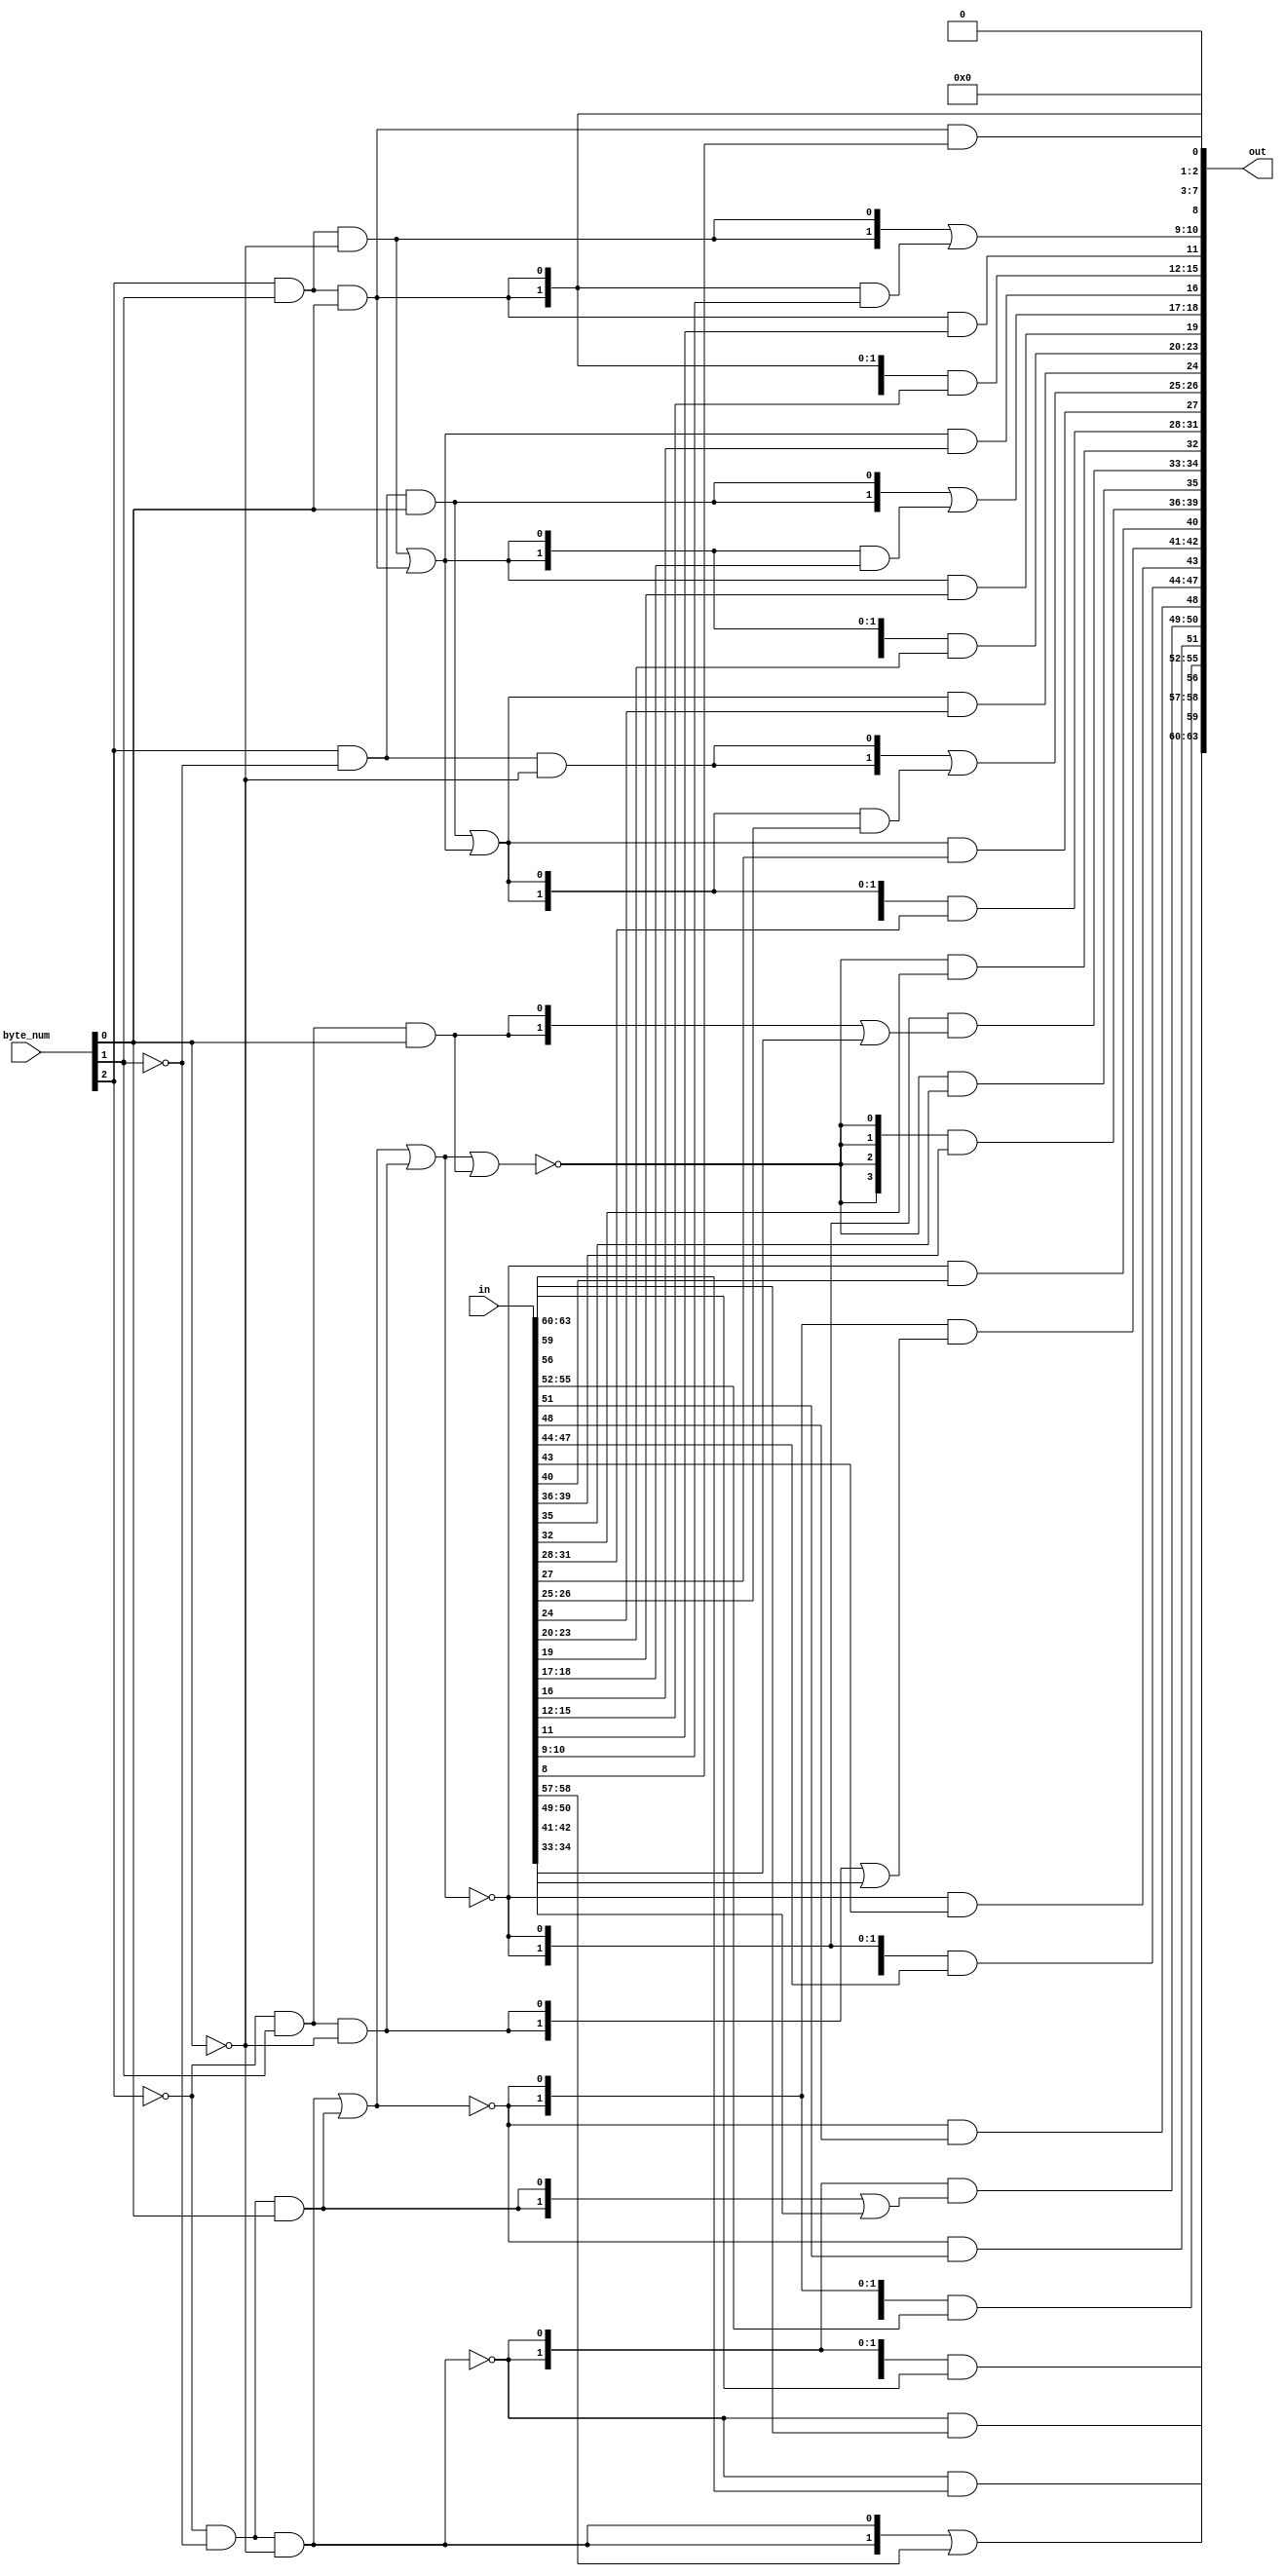
/*
 * Copyright 2013, Homer Hsing <homer.hsing@gmail.com>
 *
 * Licensed under the Apache License, Version 2.0 (the "License");
 * you may not use this file except in compliance with the License.
 * You may obtain a copy of the License at
 *
 * http://www.apache.org/licenses/LICENSE-2.0
 *
 * Unless required by applicable law or agreed to in writing, software
 * distributed under the License is distributed on an "AS IS" BASIS,
 * WITHOUT WARRANTIES OR CONDITIONS OF ANY KIND, either express or implied.
 * See the License for the specific language governing permissions and
 * limitations under the License.
 */

module padder1(
	input	[63:0]	in,
	input	[2:0]	byte_num,
	output	[63:0]	out
);
/*
 case (byte_num)
	0: out =             64'h0600000000000000;
	1: out = {in[63:56], 56'h06000000000000};
	2: out = {in[63:48], 48'h060000000000};
	3: out = {in[63:40], 40'h0600000000};
	4: out = {in[63:32], 32'h06000000};
	5: out = {in[63:24], 24'h060000};
	6: out = {in[63:16], 16'h0600};
	7: out = {in[63:8],   8'h06};
 endcase
*/
/*
 assign out[63:56] = (byte_num == 3'd0) ? 8'h06 : in[63:56];
 assign out[55:48] = (byte_num < 3'd1)  ? 8'h00 :
					 (byte_num == 3'd1) ? 8'h06 : in[55:48];
 assign out[47:40] = (byte_num < 3'd2)  ? 8'h00 :
					 (byte_num == 3'd2) ? 8'h06 : in[47:40];
 assign out[39:32] = (byte_num < 3'd3)  ? 8'h00 :
					 (byte_num == 3'd3) ? 8'h06 : in[39:32];
 assign out[31:24] = (byte_num < 3'd4)  ? 8'h00 :
					 (byte_num == 3'd4) ? 8'h06 : in[31:24];
 assign out[23:16] = (byte_num < 3'd5)  ? 8'h00 :
					 (byte_num == 3'd5) ? 8'h06 : in[23:16];
 assign out[15:8]  = (byte_num < 3'd6)  ? 8'h00 :
					 (byte_num == 3'd6) ? 8'h06 : in[15:8];
 assign out[7:0]   = (byte_num < 3'd7)  ? 8'h00 : 8'h06;
*/

 wire	byte0, byte1, byte2, byte3,
		byte4, byte5, byte6, byte7;

 wire	byte01, byte012, byte0123, byte567, byte67;

 assign byte0 = ~byte_num[2] & ~byte_num[1] & ~byte_num[0];
 assign byte1 = ~byte_num[2] & ~byte_num[1] &  byte_num[0];
 assign byte2 = ~byte_num[2] &  byte_num[1] & ~byte_num[0];
 assign byte3 = ~byte_num[2] &  byte_num[1] &  byte_num[0];
 assign byte4 =  byte_num[2] & ~byte_num[1] & ~byte_num[0];
 assign byte5 =  byte_num[2] & ~byte_num[1] &  byte_num[0];
 assign byte6 =  byte_num[2] &  byte_num[1] & ~byte_num[0];
 assign byte7 =  byte_num[2] &  byte_num[1] &  byte_num[0];
 
 assign byte01   = byte0   | byte1;
 assign byte012  = byte01  | byte2;
 assign byte0123 = byte012 | byte3;
 assign byte567  = byte5   | byte67;
 assign byte67   = byte6   | byte7;

 assign out[63:60] = {(4){~byte0}} & in[63:60];
 assign out[59]    = ~byte0 & in[59];
 assign out[58:57] = {(2){byte0}} | in[58:57];
 assign out[56]    = ~byte0 & in[56];
 assign out[55:52] = {(4){~byte01}} & in[55:52];
 assign out[51]    = ~byte01 & in[51];
 assign out[50:49] = {(2){~byte0}} & ({(2){byte1}} | in[50:49]);
 assign out[48]    = ~byte01 & in[48];
 assign out[47:44] = {(4){~byte012}} & in[47:44];
 assign out[43]    = ~byte012 & in[43];
 assign out[42:41] = {(2){~byte01}} & ({(2){byte2}} | in[42:41]);
 assign out[40]    = ~byte012 & in[40];
 assign out[39:36] = {(4){~byte0123}} & in[39:36];
 assign out[35]    = ~byte0123 & in[35];
 assign out[34:33] = {(2){~byte012}} & ({(2){byte3}} | in[34:33]);
 assign out[32]    = ~byte0123 & in[32];
 assign out[31:28] = {(4){byte567}} & in[31:28];
 assign out[27]    = byte567 & in[27];
 assign out[26:25] = {(2){byte4}} | ({(2){byte567}} & in[26:25]);
 assign out[24]    = byte567 & in[24];
 assign out[23:20] = {(4){byte67}} & in[23:20];
 assign out[19]    = byte67 & in[19];
 assign out[18:17] = {(2){byte5}} | ({(2){byte67}} & in[18:17]);
 assign out[16]    = byte67 & in[16];
 assign out[15:12] = {(4){byte7}} & in[15:12];
 assign out[11]    = byte7 & in[11];
 assign out[10:9]  = {(2){byte6}} | ({(2){byte7}} & in[10:9]);
 assign out[8]     = byte7 & in[8];
 assign out[7:3]   = 5'b00000;
 assign out[2:1]   = {(2){byte7}};
 assign out[0]     = 1'b0;

endmodule